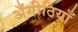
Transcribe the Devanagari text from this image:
अँगीठियाँ